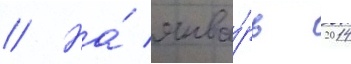
// На́ янва́рь 2014